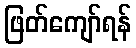
ဖြတ်ကျော်ရန်